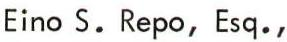
Eino S. Repo, Esq.